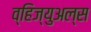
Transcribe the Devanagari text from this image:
व्हिज्युअल्स